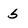
Character: 5